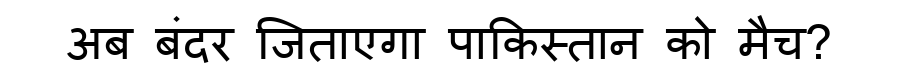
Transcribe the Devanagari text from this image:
अब बंदर जिताएगा पाकिस्तान को मैच?